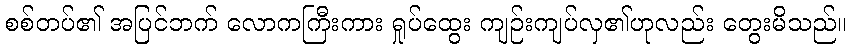
စစ်တပ်၏ အပြင်ဘက် လောကကြီးကား ရှုပ်ထွေး ကျဉ်းကျပ်လှ၏ဟုလည်း တွေးမိသည်။